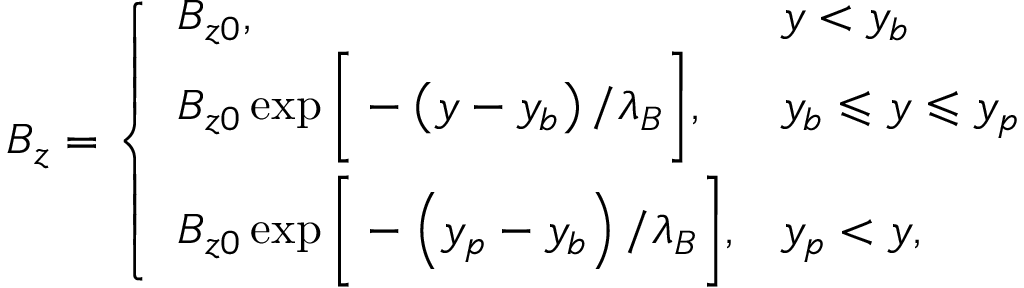
B _ { z } = \left\{ \begin{array} { l l } { B _ { z 0 } , } & { y < y _ { b } } \\ { B _ { z 0 } \exp \Bigg [ - \left( y - y _ { b } \right) / \lambda _ { B } \Bigg ] , } & { y _ { b } \leqslant y \leqslant y _ { p } } \\ { B _ { z 0 } \exp \Bigg [ - \left( y _ { p } - y _ { b } \right) / \lambda _ { B } \Bigg ] , } & { y _ { p } < y , } \end{array} \right.